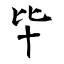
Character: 毕